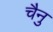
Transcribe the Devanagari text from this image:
चैनु